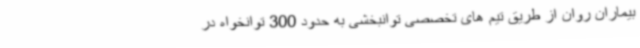
بیماران روان از طریق تیم های تخصصی توانبخشی به حدود 300 توانخواه در